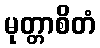
မုတ္တာစိတံ